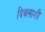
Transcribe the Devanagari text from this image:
दिवसाशी